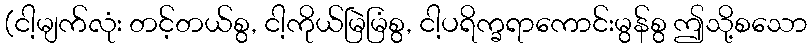
(ငါ့မျက်လုံး တင့်တယ်စွ, ငါ့ကိုယ်မြဲမြံစွ, ငါ့ပရိက္ခရာကောင်းမွန်စွ ဤသို့စသော